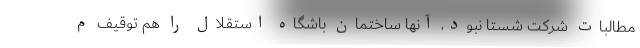
مطالبات شرکت شستا نبود، آنها ساختمان باشگاه استقلال را هم توقیف م